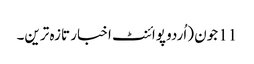
11 جون (اُردو پوائنٹ اخبار تازہ ترین۔